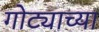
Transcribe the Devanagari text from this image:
गोट्याच्या